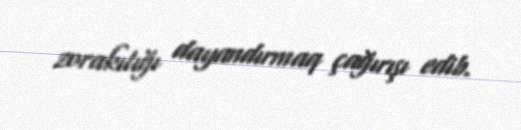
zorakılığı dayandırmaq çağırışı edib.